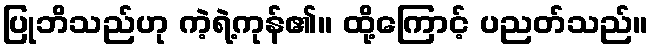
ပြုဘိသည်ဟု ကဲ့ရဲ့ကုန်၏။ ထို့ကြောင့် ပညတ်သည်။